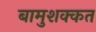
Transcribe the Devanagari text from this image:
बामुशक्कत